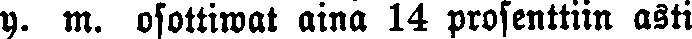
y. m. osottiwat aina 14 prosenttiin asti